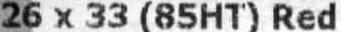
26 X 33 (85HT) RED